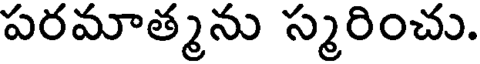
పరమాత్మను స్మరించు.